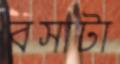
বসাটা